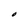
Character: O